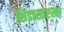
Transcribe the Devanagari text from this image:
शिडासारखा